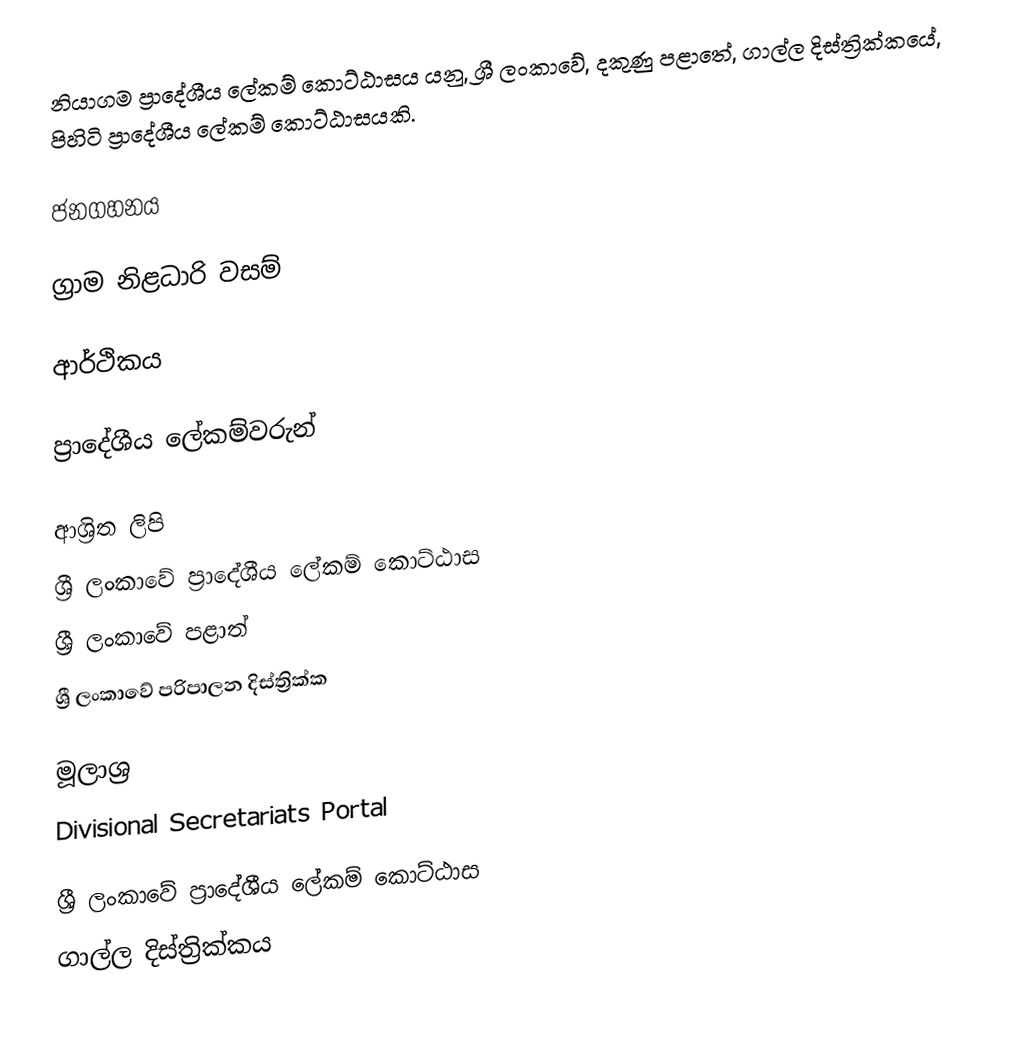
නියාගම ප්‍රාදේශීය ලේකම් කොට්ඨාසය යනු,  ශ්‍රී ලංකාවේ, දකුණු පළාතේ,   ගාල්ල දිස්ත්‍රික්කයේ, පිහිටි ප්‍රාදේශීය ලේකම් කොට්ඨාසයකි.

ජනගහනය

ග්‍රාම නිළධාරි වසම්

ආර්ථිකය

ප්‍රාදේශීය ලේකම්වරුන්

ආශ්‍රිත ලිපි
ශ්‍රී ලංකාවේ ප්‍රාදේශීය ලේකම් කොට්ඨාස
ශ්‍රී ලංකාවේ පළාත්
ශ්‍රී ලංකාවේ පරිපාලන දිස්ත්‍රික්ක

මූලාශ්‍ර
 Divisional Secretariats Portal

ශ්‍රී ලංකාවේ ප්‍රාදේශීය ලේකම් කොට්ඨාස
ගාල්ල දිස්ත්‍රික්කය